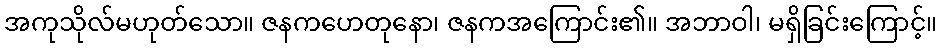
အကုသိုလ်မဟုတ်သော။ ဇနကဟေတုနော၊ ဇနကအကြောင်း၏။ အဘာဝါ၊ မရှိခြင်းကြောင့်။